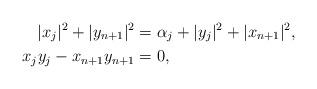
LaTeX: \begin{align*} |x_j|^2 + |y_{n+1}|^2 &= \alpha_j + |y_j|^2 + |x_{n+1}|^2, \\ x_j y_j - x_{n+1} y_{n+1} &= 0,\end{align*}